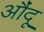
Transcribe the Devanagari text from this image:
औंदू